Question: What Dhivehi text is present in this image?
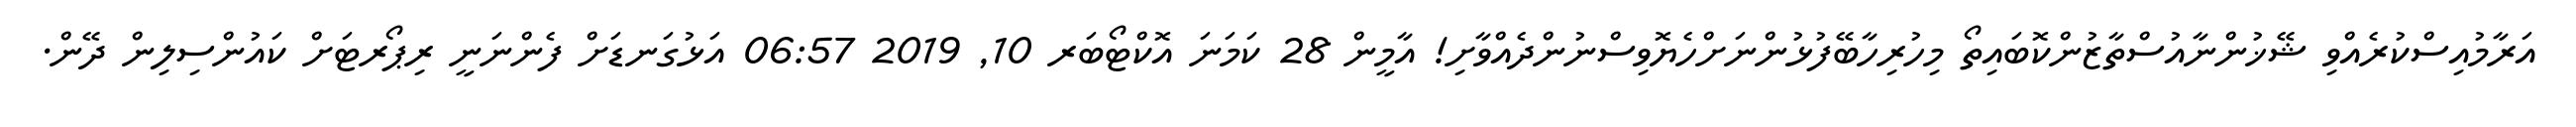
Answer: އަރާމުއިސްކުރެއްވި ޝޭޚުންނާއުސްތާޒުންކޮބައިތޯ މިހުރިހާބޭފުޅުންނަށްހެޔޮވިސްނުންދެއްވާށި! އާމީން 28 ކަމަނަ އޮކްޓޯބަރ 10, 2019 06:57 އަޅުގަނޑަށް ފެންނަނީ ރިޕޯރޓަށް ކައުންސިލިން ދޭން.